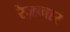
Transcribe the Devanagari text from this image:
रेज़व्वार